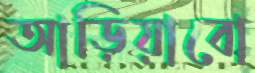
আড়িয়াবো